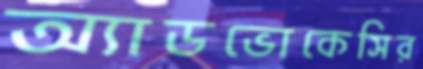
অ্যাডভোকেসির